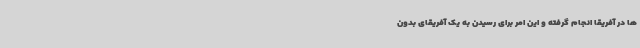
ها در آفریقا انجام گرفته و این امر برای رسیدن به یک آفریقای بدون